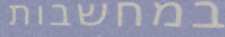
במחשבות